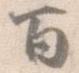
百